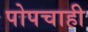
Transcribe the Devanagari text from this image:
पोपचाही